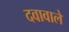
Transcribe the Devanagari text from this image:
दवावाले